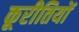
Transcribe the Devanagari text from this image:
कूरीतियों